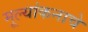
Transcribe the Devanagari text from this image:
मूल्यांकनाचे